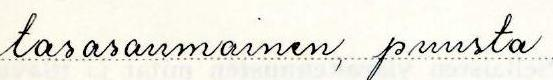
tasasaumainen, puusta